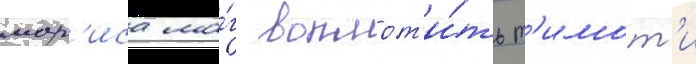
мор'иса мо́г воплот'и́ть т'имот'и